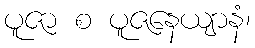
ပူဇာ စ ပူဇနေယျာနံ၊